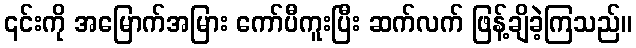
၎င်းကို အမြောက်အမြား ကော်ပီကူးပြီး ဆက်လက် ဖြန့်ချိခဲ့ကြသည်။